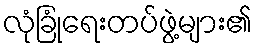
လုံခြုံရေးတပ်ဖွဲ့များ၏